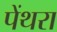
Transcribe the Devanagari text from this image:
पेंथरा